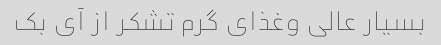
بسیار عالی وغذای گرم تشکر از آی بک